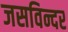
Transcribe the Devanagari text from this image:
जसविन्दर